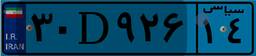
۳۰D۹۲۶۱۴